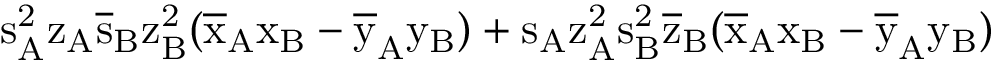
\mathrm { s _ { A } ^ { 2 } \mathrm { z _ { A } \mathrm { \overline { { s } } _ { B } \mathrm { z _ { B } ^ { 2 } ( \mathrm { \overline { { x } } _ { A } \mathrm { x _ { B } - \mathrm { \overline { { y } } _ { A } \mathrm { y _ { B } ) + \mathrm { s _ { A } \mathrm { z _ { A } ^ { 2 } \mathrm { s _ { B } ^ { 2 } \mathrm { \overline { { z } } _ { B } ( \mathrm { \overline { { x } } _ { A } \mathrm { x _ { B } - \mathrm { \overline { { y } } _ { A } \mathrm { y _ { B } ) } } } } } } } } } } } } } } } }